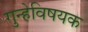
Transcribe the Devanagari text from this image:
गुन्हेविषयक